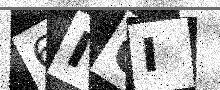
Text: 6IGI